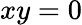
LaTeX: xy=0